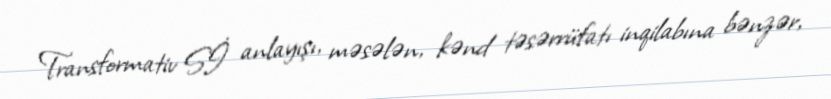
Transformativ Sİ anlayışı, məsələn, kənd təsərrüfatı inqilabına bənzər,